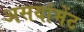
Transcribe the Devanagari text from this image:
असयांमेंट